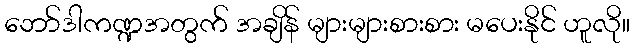
ဘော်ဒါကဏ္ဍအတွက် အချိန် များများစားစား မပေးနိုင် ဟူလို။